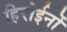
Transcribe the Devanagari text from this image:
हिरोईनों